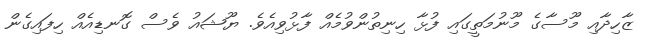
ޒާހިދާއި މޫސާގެ މޫނުމަތީގައި ފުޅާ ހިނިތުންވުމެއް ފާޅުވިއެވެ. ޔޫޝައު ވެސް ގޮނޑިއެއް ހިފައިގެން